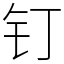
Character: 钉